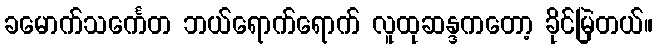
ခမောက်သင်္ကေတ ဘယ်ရောက်ရောက် လူထုဆန္ဒကတော့ ခိုင်မြဲတယ်။